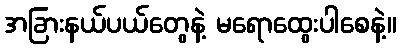
အခြားနယ်ပယ်တွေနဲ့ မရောထွေးပါစေနဲ့။